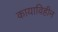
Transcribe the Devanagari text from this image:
कायाविहीन